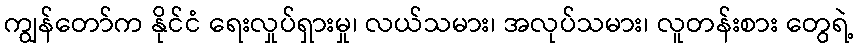
ကျွန်တော်က နိုင်ငံ ရေးလှုပ်ရှားမှု၊ လယ်သမား၊ အလုပ်သမား၊ လူတန်းစား တွေရဲ့